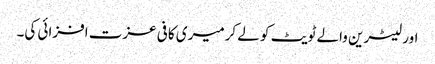
اور لیٹرین والے ٹویٹ کو لے کرمیری کافی عزت افزائی کی۔